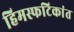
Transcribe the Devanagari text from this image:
हिमस्फटिकांत